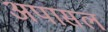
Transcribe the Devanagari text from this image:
अपासल